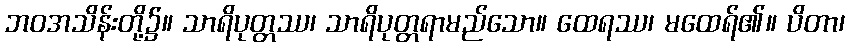
ဘဝအသိန်းတို့၌။ သာရိပုတ္တဿ၊ သာရိပုတ္တရာမည်သော။ ထေရဿ၊ မထေရ်၏။ ပိတာ၊